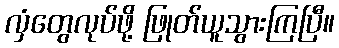
လှံတွေလုပ်ဖို့ ဖြုတ်ယူသွားကြပြီ။